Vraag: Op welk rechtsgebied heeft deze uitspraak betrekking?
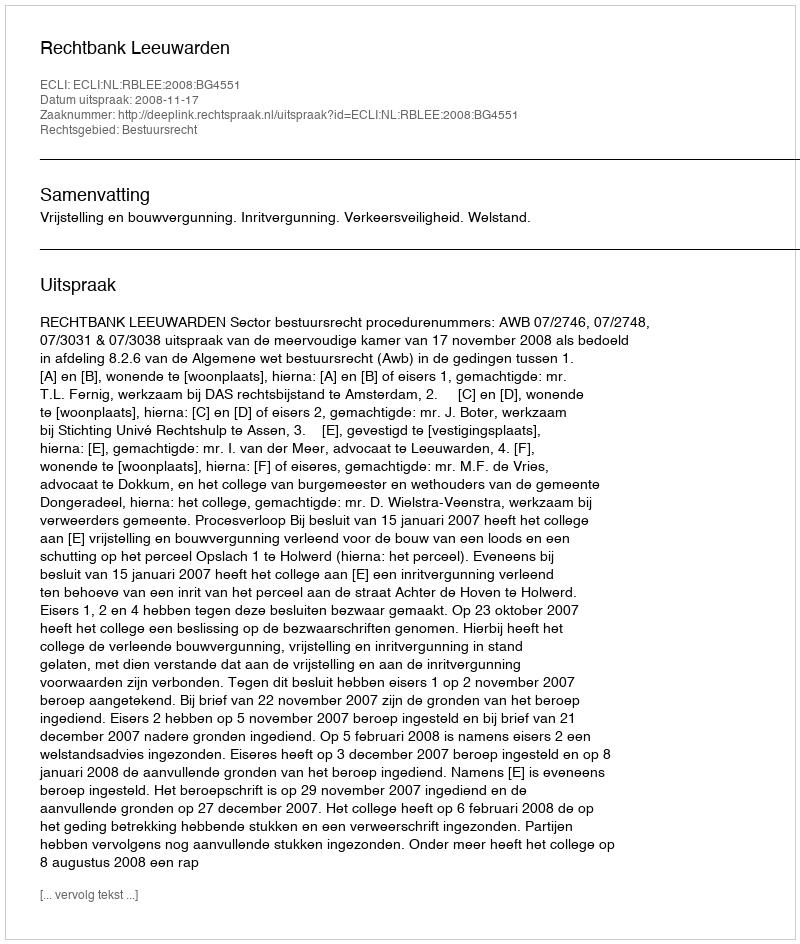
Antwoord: Bestuursrecht